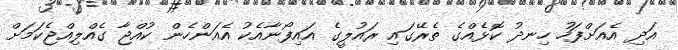
އަދި އެއަށްފަހު ހިނދު ކޮޅެއްގެ ތެރޭގައި ރައުލީގެ އައިފޯނާއެކު އެއަންހެން ކުއްޖާ ގެއްލިއްޖެކަމަށް